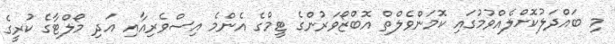
މި ބައްދަލުކޮށްލެއްވުމުގައި ކޮމަންވެލްތް އޮބްޒޯވަރުންގެ ޓީމްގެ އެންމެ އިސްވެރިއާއި އަދި މޯލްޓާގެ ކުރީގެ